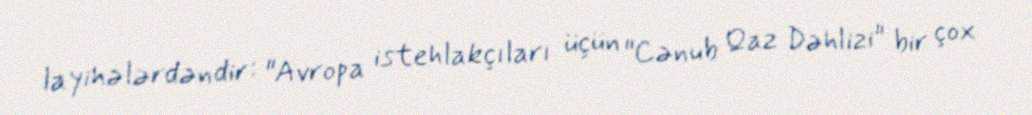
layihələrdəndir: "Avropa istehlakçıları üçün "Cənub Qaz Dəhlizi" bir çox